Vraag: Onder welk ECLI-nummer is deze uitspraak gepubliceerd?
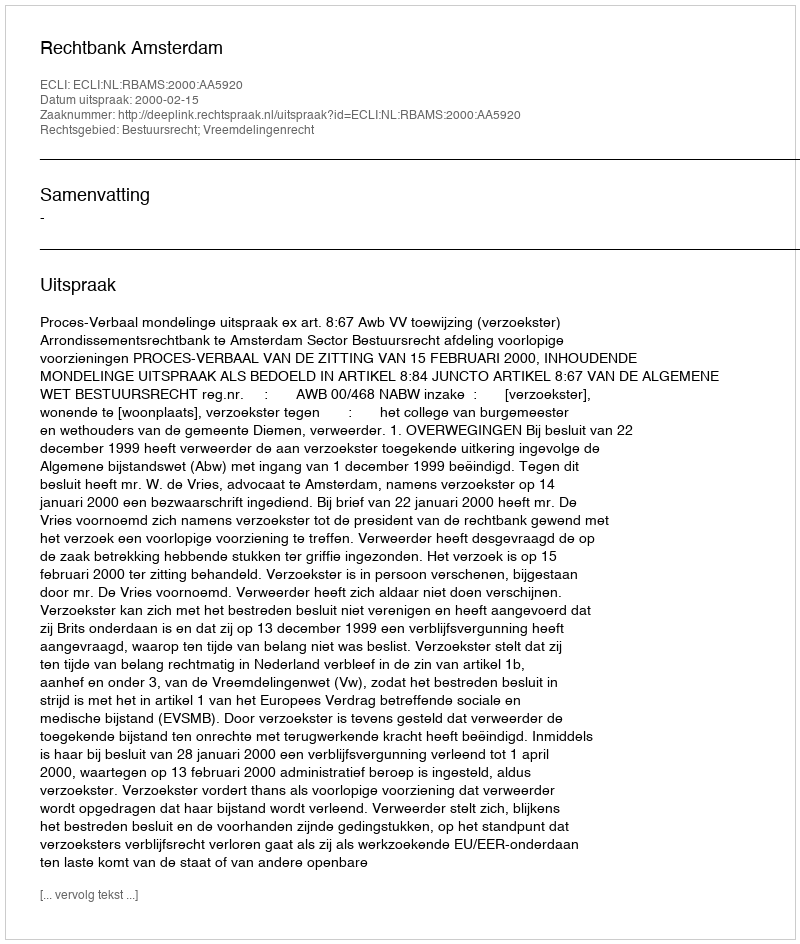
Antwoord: ECLI:NL:RBAMS:2000:AA5920